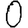
Digit: 0